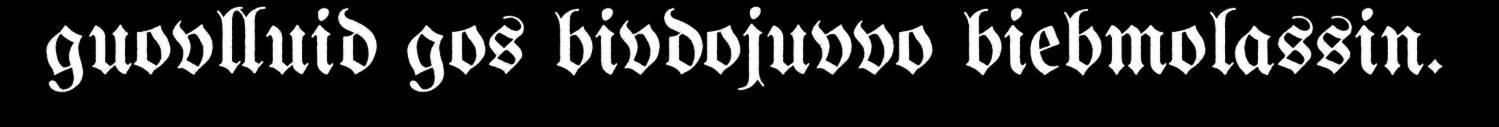
guovlluid gos bivdojuvvo biebmolassin.